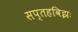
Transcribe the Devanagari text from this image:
सप्तहविझः